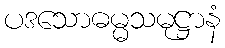
ပဒသောဓမ္မသမုဋ္ဌာနံ